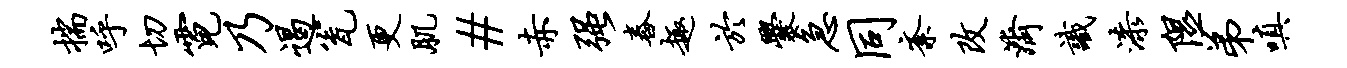
揣呼切霓乃遏瓮更肌#赤强舂趣於爨急同紊改济识漆隰弟嗔